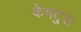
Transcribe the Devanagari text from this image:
केमटुरा